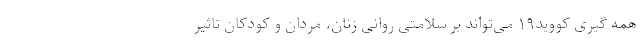
همه گیری کووید۱۹ می‌تواند بر سلامتی روانی زنان، مردان و کودکان تاثیر